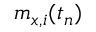
m _ { x , i } ( t _ { n } )